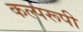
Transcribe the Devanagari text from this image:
कल्परूपी